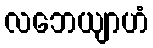
လဘေယျာဟံ